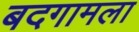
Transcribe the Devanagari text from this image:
बदगामला